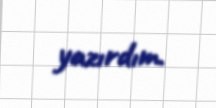
yazırdım.